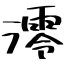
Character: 澪